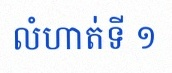
លំហាត់ទី ១